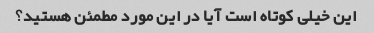
این خیلی کوتاه است آیا در این مورد مطمئن هستید؟